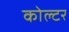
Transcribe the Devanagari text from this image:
कोल्टर